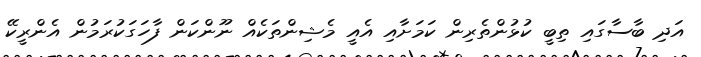
އަދި ބާސާގައި ތިބީ ކުޅުންތެރިން ކަމަށާއި އެއީ މެޝިންތަކެއް ނޫންކަން ފާހަގަކުރަމުން އެންރީކޭ